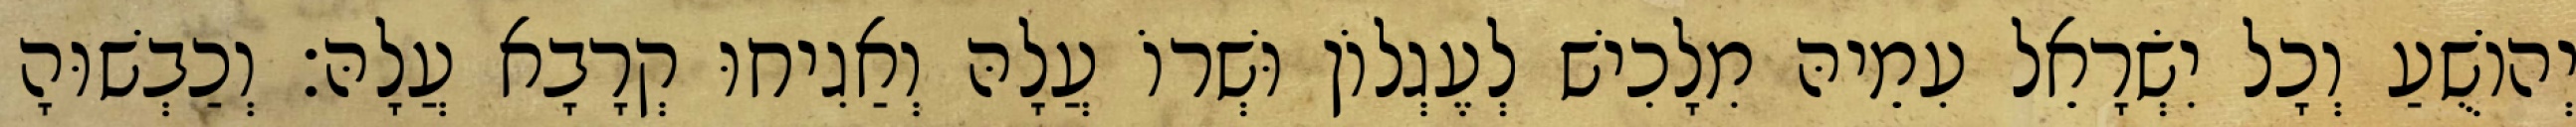
יְהוֹשֻׁעַ וְכָל יִשְׂרָאֵל עִמֵיהּ מִלָכִישׁ לְעֶגְלוֹן וּשְׁרוֹ עֲלָהּ וְאַגִיחוּ קְרָבָא עֲלָהּ׃ וְכַבְשׁוּהָ